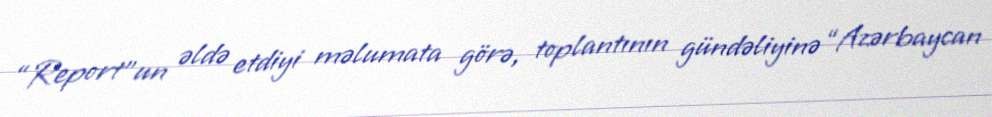
“Report”un əldə etdiyi məlumata görə, toplantının gündəliyinə “Azərbaycan